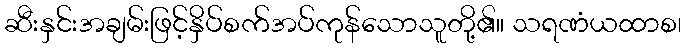
ဆီးနှင်းအချမ်းဖြင့်နှိပ်စက်အပ်ကုန်သောသူတို့၏။ သရဏံယထာစ၊